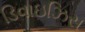
ડિવાઇઝિસ